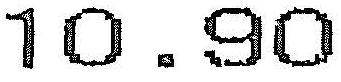
10.90